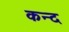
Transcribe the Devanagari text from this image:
कन्‍द